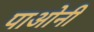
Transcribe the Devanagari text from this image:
पाओनी